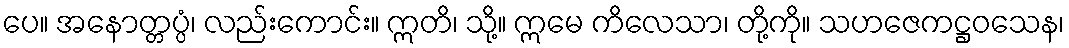
ပေ။ အနောတ္တပ္ပံ၊ လည်းကောင်း။ ဣတိ၊ သို့။ ဣမေ ကိလေသာ၊ တို့ကို။ သဟဇေကဋ္ဌဝသေန၊